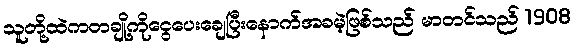
သူတို့ထဲကတချို့ကိုငွေပေးချေပြီးနောက်အခမဲ့ဖြစ်သည် မာတင်သည် 1908